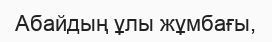
Абайдың ұлы жұмбағы,